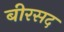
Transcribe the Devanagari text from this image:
बीरसद